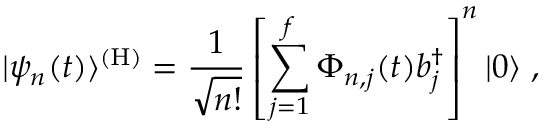
| \psi _ { n } ( t ) \rangle \sp { ( \mathrm { H } ) } = { \frac { 1 } { \sqrt { n ! } } } \left[ \sum _ { j = 1 } \sp f \Phi _ { n , j } ( t ) b _ { j } \sp { \dagger } \right] \sp n | 0 \rangle \; ,